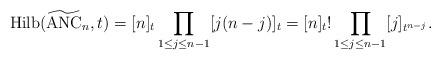
LaTeX: \begin{gather*}{\rm Hilb}({\widetilde {\rm ANC}_{n}},t)= [n]_{t} \prod_{ 1 \le j \le n-1}[j(n-j)]_{t}=[n]_{t}{!}\prod_{1 \le j \le n-1} [j]_{t^{n-j}}.\end{gather*}